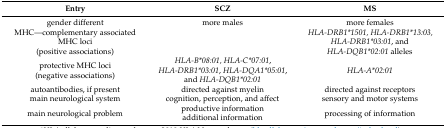
<table><thead><tr><td><b>Entry</b></td><td><b>SCZ</b></td><td><b>MS</b></td></tr></thead><tbody><tr><td>gender different</td><td>more males</td><td>more females</td></tr><tr><td>MHC—complementary associated MHC loci(positive associations)</td><td></td><td><i>HLA-DRB1*1501, HLA-DRB1*13:03, HLA-DRB1*03:01</i>, and <i>HLA-DQB1*02:01</i> alleles</td></tr><tr><td>protective MHC loci(negative associations)</td><td><i>HLA-B*08:01, HLA-C*07:01</i>, <i>HLA-DRB1*03:01</i>, <i>HLA-DQA1*05:01</i>, and <i>HLA-DQB1*02:01</i></td><td><i>HLA-A*02:01</i></td></tr><tr><td>autoantibodies, if present</td><td>directed against myelin </td><td>directed against receptors</td></tr><tr><td>main neurological system</td><td>cognition, perception, and affect</td><td>sensory and motor systems</td></tr><tr><td>main neurological problem</td><td>productive informationadditional information</td><td>processing of information</td></tr></tbody></table>